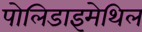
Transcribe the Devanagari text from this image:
पोलिडाइमेथिल